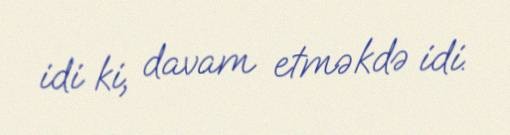
idi ki, davam etməkdə idi.